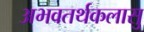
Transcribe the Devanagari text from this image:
अभवतर्थकलासु